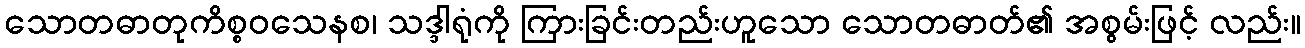
သောတဓာတုကိစ္စဝသေနစ၊ သဒ္ဒါရုံကို ကြားခြင်းတည်းဟူသော သောတဓာတ်၏ အစွမ်းဖြင့် လည်း။